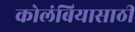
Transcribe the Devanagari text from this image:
कोलंबियासाठी